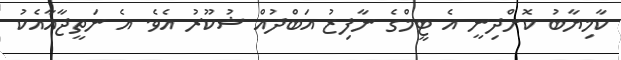
ކާމިޔާބު ކޮށްދިނީ އެ ޓީމްގެ ނާފިޒު އަބްދުއް ޝުކޫރު އެވެ. އެ ނަތީޖާއާއެކު